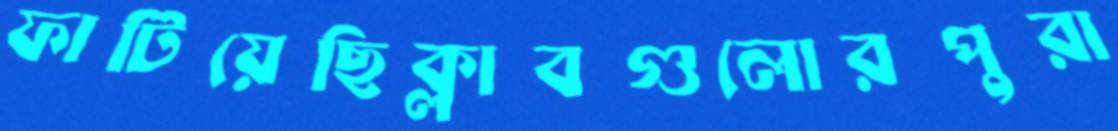
ফাটিয়েছিক্লাবগুলোরপুরা